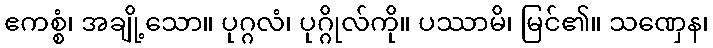
ဧကစ္စံ၊ အချို့သော။ ပုဂ္ဂလံ၊ ပုဂ္ဂိုလ်ကို။ ပဿာမိ၊ မြင်၏။ သဏှေန၊